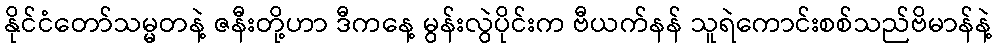
နိုင်ငံတော်သမ္မတနဲ့ ဇနီးတို့ဟာ ဒီကနေ့ မွန်းလွဲပိုင်းက ဗီယက်နန် သူရဲကောင်းစစ်သည်ဗိမာန်နဲ့